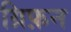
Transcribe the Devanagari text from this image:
ग्रिफ़न